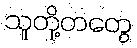
သူတို့တတွေ